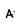
Character: A